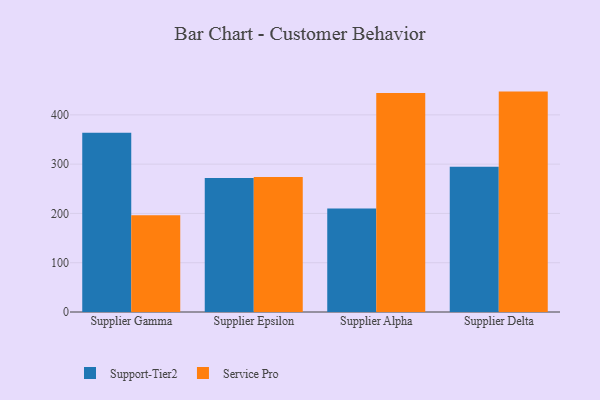
{"axis": {"x": "Supplier", "y": "Shipments"}, "legend": ["Service Pro", "Support-Tier2"], "data": [{"x": "Supplier Gamma", "y": 363.5, "type": "Support-Tier2"}, {"x": "Supplier Gamma", "y": 196.2, "type": "Service Pro"}, {"x": "Supplier Epsilon", "y": 271.7, "type": "Support-Tier2"}, {"x": "Supplier Epsilon", "y": 273.9, "type": "Service Pro"}, {"x": "Supplier Alpha", "y": 210.0, "type": "Support-Tier2"}, {"x": "Supplier Alpha", "y": 444.5, "type": "Service Pro"}, {"x": "Supplier Delta", "y": 294.6, "type": "Support-Tier2"}, {"x": "Supplier Delta", "y": 447.2, "type": "Service Pro"}]}